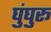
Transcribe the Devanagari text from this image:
घुंघुरू